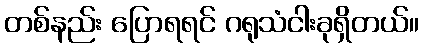
တစ်နည်း ပြောရရင် ဂရုသံငါးခုရှိတယ်။